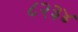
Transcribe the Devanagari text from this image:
८२३४